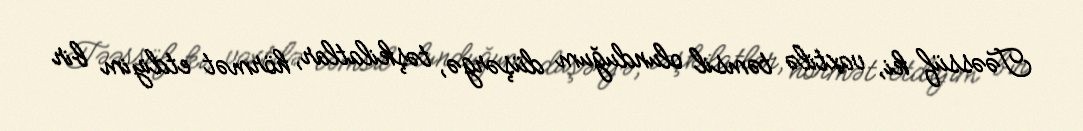
Təəssüf ki, vaxtilə təmsil olunduğum düşərgə, təşkilatlar, hörmət etdiyim bir